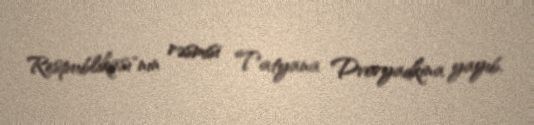
Respublikası"nın rəsmisi Tatyana Dvoryadkina yayıb.